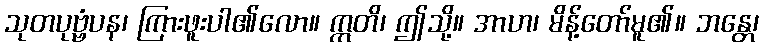
သုတပုဗ္ဗံပန၊ ကြားဖူးပါ၏လော။ ဣတိ၊ ဤသို့။ အာဟ၊ မိန့်တော်မူ၏။ ဘန္တေ၊